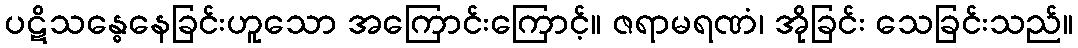
ပဋိသန္ဓေနေခြင်းဟူသော အကြောင်းကြောင့်။ ဇရာမရဏံ၊ အိုခြင်း သေခြင်းသည်။